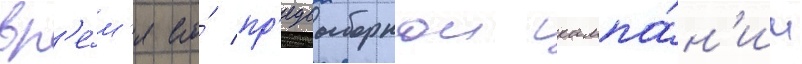
вр'е́м'я его́ пр'едвыборнои кампа́н'ии